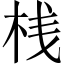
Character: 桟